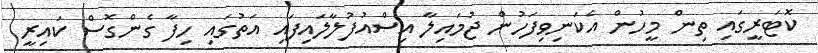
ކޮޓަރީގައި ތިން މީހުން އެކަނިވިފަހުން ޖުމައިލާ އިސްއުފުލާލައިފައި އަތުގައި ހިފާ ގެންގޮސް ކައިރީ